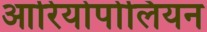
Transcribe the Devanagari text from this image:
आरियोपोलियन